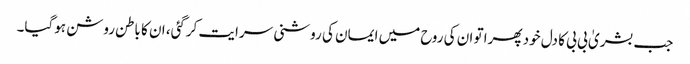
جب بشریٰ بی بی کا دل خود پھرا تو ان کی روح میں ایمان کی روشنی سرایت کرگئی، ان کا باطن روشن ہوگیا۔